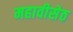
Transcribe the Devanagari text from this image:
महावीसेठ